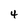
Character: 4